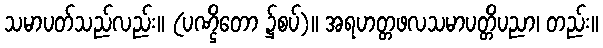
သမာပတ်သည်လည်း။ (ပဏ္ဌိတော ၌စပ်)။ အရဟတ္တဖလသမာပတ္တိပညာ၊ တည်း။